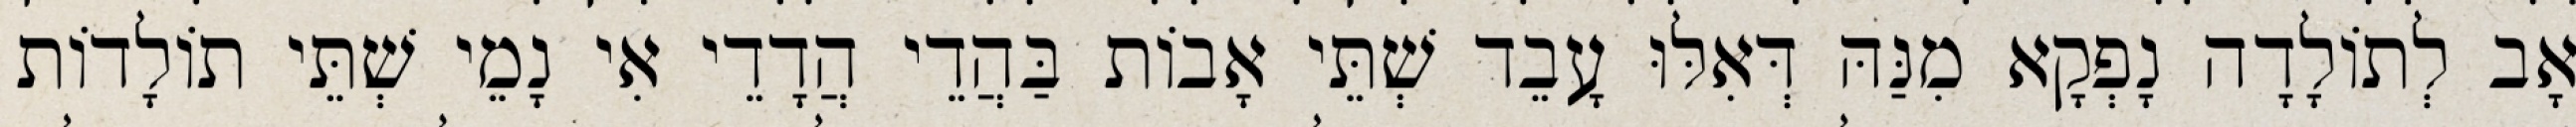
אָב לְתוֹלָדָה נָפְקָא מִנַּהּ דְּאִלּוּ עָבֵד שְׁתֵּי אָבוֹת בַּהֲדֵי הֲדָדֵי אִי נָמֵי שְׁתֵּי תוֹלָדוֹת